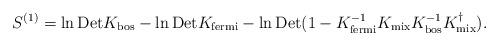
LaTeX: \begin{align*}S^{(1)}= \ln {\rm Det} K_{\mbox{\scriptsize bos}} -\ln {\rm Det} K_{\mbox{\scriptsize fermi}}-\ln {\rm Det} (1- K^{-1}_{\mbox{\scriptsize fermi}}K_{\mbox{\scriptsize mix}}K^{-1}_{\mbox{\scriptsize bos}}K^\dagger_{\mbox{\scriptsize mix}}).\end{align*}